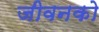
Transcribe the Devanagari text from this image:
जीवनको